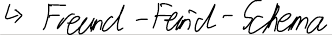
-> Freund-Feind-Schema